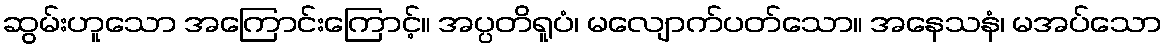
ဆွမ်းဟူသော အကြောင်းကြောင့်။ အပ္ပတိရူပံ၊ မလျောက်ပတ်သော။ အနေသနံ၊ မအပ်သော